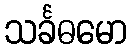
သင်္ခဓမော